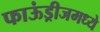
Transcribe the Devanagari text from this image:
फाऊंड्रीजमध्ये